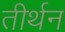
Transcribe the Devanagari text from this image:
तीर्थन